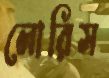
লোরিস